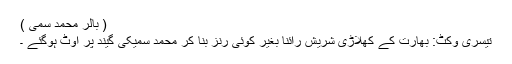
( بالر محمد سمی )
تیسری وکٹ: بھارت کے کھلاڑی شریش رائنا بغیر کوئی رنز بنا کر محمد سمیکی گیند پر آوٹ ہوگئے ۔